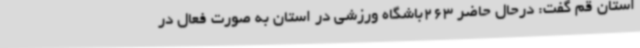
استان قم گفت: درحال حاضر 263باشگاه ورزشی در استان به صورت فعال در